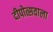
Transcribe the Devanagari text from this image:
दीपोत्सवाला